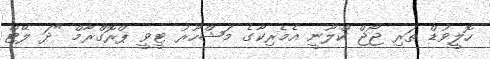
ހޮލީވުޑް ތަރި ޖޯޖް ކްލޫނީ އެމެރިކާގެ މަޝްހޫރު ޓީވީ ޕްރޮގްރާމް "ދަ ލޭޓް